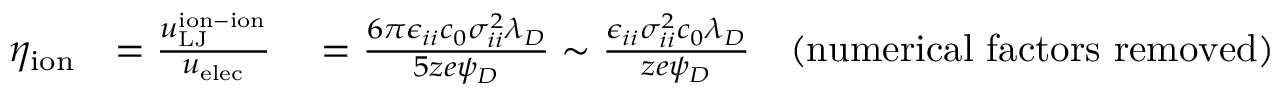
\begin{array} { r l } { \eta _ { \mathrm { i o n } } } & { = \frac { u _ { \mathrm { L J } } ^ { \mathrm { i o n - i o n } } } { u _ { \mathrm { e l e c } } } \quad = \frac { 6 \pi \epsilon _ { i i } c _ { 0 } \sigma _ { i i } ^ { 2 } \lambda _ { D } } { 5 z e \psi _ { D } } \sim \frac { \epsilon _ { i i } \sigma _ { i i } ^ { 2 } c _ { 0 } \lambda _ { D } } { z e \psi _ { D } } \quad \mathrm { ( n u m e r i c a l ~ f a c t o r s ~ r e m o v e d ) } } \end{array}